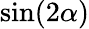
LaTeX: \sin(2\alpha)